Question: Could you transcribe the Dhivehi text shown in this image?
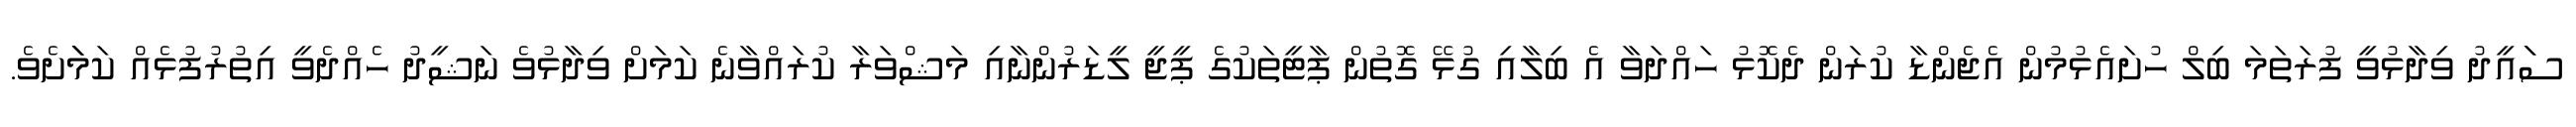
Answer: ސަައީދު ވިދާޅުވީ ފުރަތަމަ ބިލް ހުށައެޅުމުން އެޖެންޑާ ކުރަން ދެކޮޅު ހައްދަވާ އެ ބިލާއި ގުޅޭ ގޮތުން ޕާޓީތަކުގެ ޕީޖީ ލީޑަރުންނާއި މަޝްވަރާ ކުރައްވާނެ ކަމަށް ވިދާޅުވެ ނަޝީދު ހެއްދެވީ އިތުރުފުޅެއް ކަމަަަށެވެ.